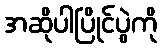
အဆိုပါပြိုင်ပွဲကို